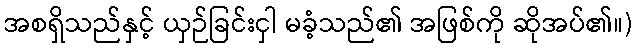
အစရှိသည်နှင့် ယှဉ်ခြင်းငှါ မခံ့သည်၏ အဖြစ်ကို ဆိုအပ်၏။)